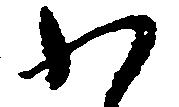
わ